Civil Veterinary Dept. Bombay admin report 1907-1913 - 1907-1913
Year: 1907
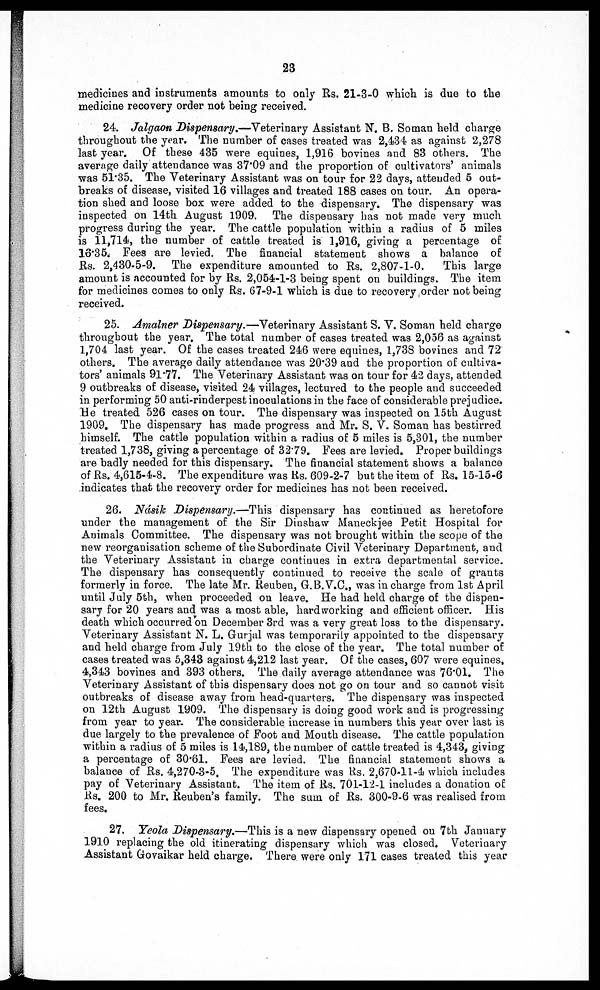
23
medicines and instruments amounts to only Rs. 21-3-0 which is due to the
medicine recovery order not being received.
24. Jalgaon Dispensary.—Veterinary Assistant N. B. Soman held charge
throughout the year. The number of cases treated was 2,434 as against 2,278
last year. Of these 435 were equines, 1,916 bovines and 83 others. The
average daily attendance was 37.09 and the proportion of cultivators' animals
was 51.35. The Veterinary Assistant was on tour for 22 days, attended 5 out-
breaks of disease, visited 16 villages and treated 188 cases on tour. An opera-
tion shed and loose box were added to the dispensary. The dispensary was
inspected on 14th August 1909. The dispensary has not made very much
progress during the year. The cattle population within a radius of 5 miles
is 11,714, the number of cattle treated is 1,916, giving a percentage of
16.35 Fees are levied. The financial statement shows a balance of
Rs. 2,430-5-9. The expenditure amounted to Rs. 2,807-1-0.
This large
amount is accounted for by Rs. 2,054-1-3 being spent on buildings. The item
for medicines comes to only Rs. 67-9-1 which is due to recovery order not being
received.
25. Amalner Dispensary.—Veterinary Assistant S. V. Soman held charge
throughout the year. The total number of cases treated was 2,056 as against
1,704 last year. Of the cases treated 246 were equines, 1,738 bovines and 72
others. The average daily attendance was 20.39 and the proportion of cultiva-
tors' animals 91.77. The Veterinary Assistant was on tour for 42 days, attended
9 outbreaks of disease, visited 24 villages, lectured to the people and succeeded
in performing 50 anti-rinderpest inoculations in the face of considerable prejudice.
He treated 526 cases on tour. The dispensary was inspected on 15th August
1909. The dispensary has made progress and Mr. S. V. Soman has bestirred
himself. The cattle population within a radius of 5 miles is 5,301, the number
treated 1,738, giving a percentage of 32.79. Fees are levied. Proper buildings
are badly needed for this dispensary. The financial statement shows a balance
of Rs. 4,615-4-8. The expenditure was Rs. 609-2-7 but the item of Rs. 15-15-6
indicates that the recovery order for medicines has not been received.
26. Násik Dispensary.—This dispensary has continued as heretofore
under the management of the Sir Dinshaw Maneckjee Petit Hospital for
Animals Committee. The dispensary was not brought within the scope of the
new reorganisation scheme of the Subordinate Civil Veterinary Department, and
the Veterinary Assistant in charge continues in extra departmental service.
The dispensary has consequently continued to receive the scale of grants
formerly in force. The late Mr. Reuben, G.B.V.C., was in charge from 1st April
until July 5th, when proceeded on leave. He had held charge of the dispen-
sary for 20 years and was a most able, hardworking and efficient officer. His
death which occurred on December 3rd was a very great loss to the dispensary.
Veterinary Assistant N. L. Gurjal was temporarily appointed to the dispensary
and held charge from July 19th to the close of the year. The total number of
cases treated was 5,343 against 4,212 last year. Of the cases, 607 were equines,
4,343 bovines and 393 others. The daily average attendance was 76.01. The
Veterinary Assistant of this dispensary does not go on tour and so cannot visit
outbreaks of disease away from head-quarters. The dispensary was inspected
on 12th August 1909. The dispensary is doing good work and is progressing
from year to year. The considerable increase in numbers this year over last is
due largely to the prevalence of Foot and Mouth disease. The cattle population
within a radius of 5 miles is 14,189, the number of cattle treated is 4,343, giving
a percentage of 30*61. Fees are levied. The financial statement shows a
balance of Rs. 4,270-3-5. The expenditure was Rs. 2,670-11-4 which includes
pay of Veterinary Assistant. The item of Rs. 701-12-1 includes a donation of
Rs. 200 to Mr. Reuben's family. The sum of Rs. 300-9-6 was realised from
fees.
27. Yeola Dispensary.—This is a new dispensary opened on 7th January
1910 replacing the old itinerating dispensary which was closed. Veterinary
Assistant Govaikar held charge. There were only 171 cases treated this year